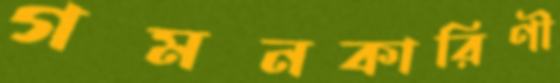
গমনকারিণী